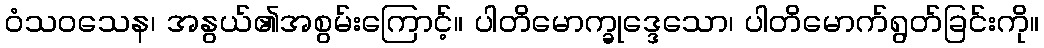
ဝံသဝသေန၊ အနွယ်၏အစွမ်းကြောင့်။ ပါတိမောက္ခုဒ္ဒေသော၊ ပါတိမောက်ရွတ်ခြင်းကို။